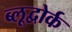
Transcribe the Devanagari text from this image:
ब्लूद्वोर्क